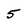
Character: 5